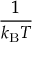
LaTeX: \frac { 1 } { k _ { \mathrm { B } } T }